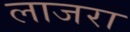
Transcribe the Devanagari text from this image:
लाजरा